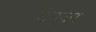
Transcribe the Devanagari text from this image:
उंगुजा